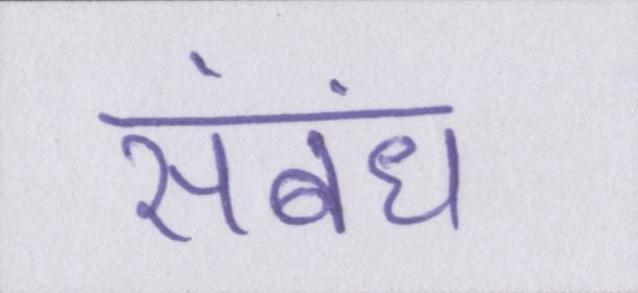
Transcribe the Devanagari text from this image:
संबंध